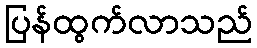
ပြန်ထွက်လာသည်